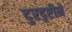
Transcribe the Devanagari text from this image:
दुरदृष्टीने